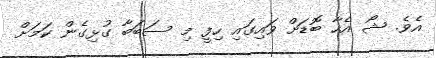
އެވެ. ޝޯ އެހާ ބޮޑަށް ވައިގައި ހިފީ މި ސަބަބާ ގުޅިގެން ކަމަށް